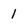
Character: 1